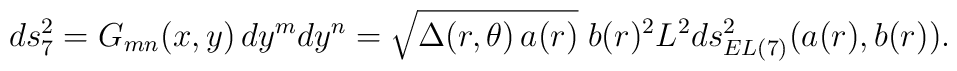
ds_7^2 =G_{mn}(x, y) \,dy^m dy^n=\sqrt{\Delta(r,\theta)\,a(r)}\;b(r)^2 L^2 ds_{EL(7)}^2(a(r), b(r)).